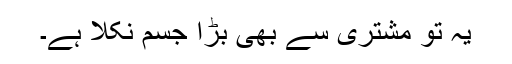
یہ تو مشتری سے بھی بڑا جسم نکلا ہے۔